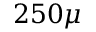
2 5 0 \mu